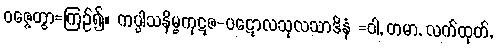
ဝဇ္ဇေတွာ=ကြဉ်၍။ ကပ္ပါသနိမ္ဗကုဋဇ-ပဋောလသုလသာဒိနံ =ဝါ, တမာ, လက်ထုတ်,